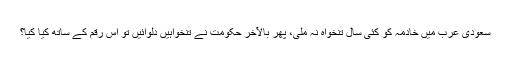
سعودی عرب میں خادمہ کو کئی سال تنخواہ نہ ملی، پھر بالآخر حکومت نے تنخواہیں دلوائیں تو اس رقم کے ساتھ کیا کیا؟